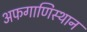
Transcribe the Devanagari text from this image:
अफगाणिस्थान